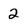
Character: 2